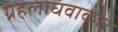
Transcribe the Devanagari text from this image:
ग्रहलाघवाकार